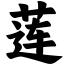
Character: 莲